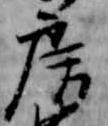
房